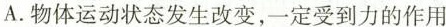
A.物体运动状态发生改变，一定受到力的作用